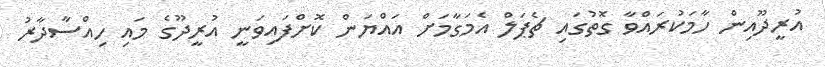
އުރީދޫއިން ހާމަަކުރައްވާ ގޮތުގައި ޗެޕަލް އެމަގާމަށް އައްޔަން ކޮށްފައިވަނީ އުރީދޫގެ މައި ހިއްސާދާރު